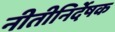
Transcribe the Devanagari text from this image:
नीतीनिर्देषक